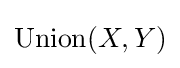
\operatorname {Union} (X,Y)